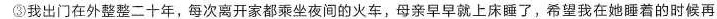
③我出门在外整整二十年，每次离开家都乘坐夜间的火车，母亲早早就上床睡了，希望我在她睡着的时候再